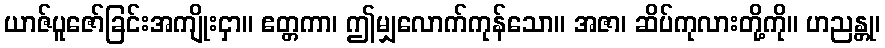
ယာဇ်ပူဇော်ခြင်းအကျိုးငှာ။ ဧတ္တကာ၊ ဤမျှလောက်ကုန်သော။ အဇာ၊ ဆိပ်ကုလားတို့ကို။ ဟညန္တု၊